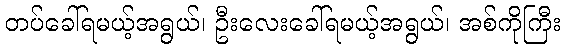
တပ်ခေါ်ရမယ့်အရွယ်၊ ဦးလေးခေါ်ရမယ့်အရွယ်၊ အစ်ကိုကြီး